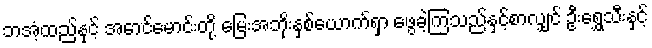
ဘအံ့ထည်နှင့် အောင်မောင်းတို့ မြေးအဘိုးနှစ်ယောက်ရှာ ဖွေခဲ့ကြသည်နှင့်စာလျှင် ဦးရွှေသီးနှင့်